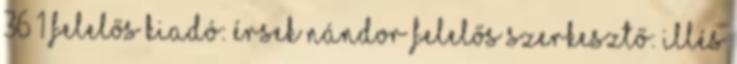
36 1 Felelős kiadó: Érsek Nándor Felelős szerkesztő: Illés